Leaving Certificate Examination, 1903
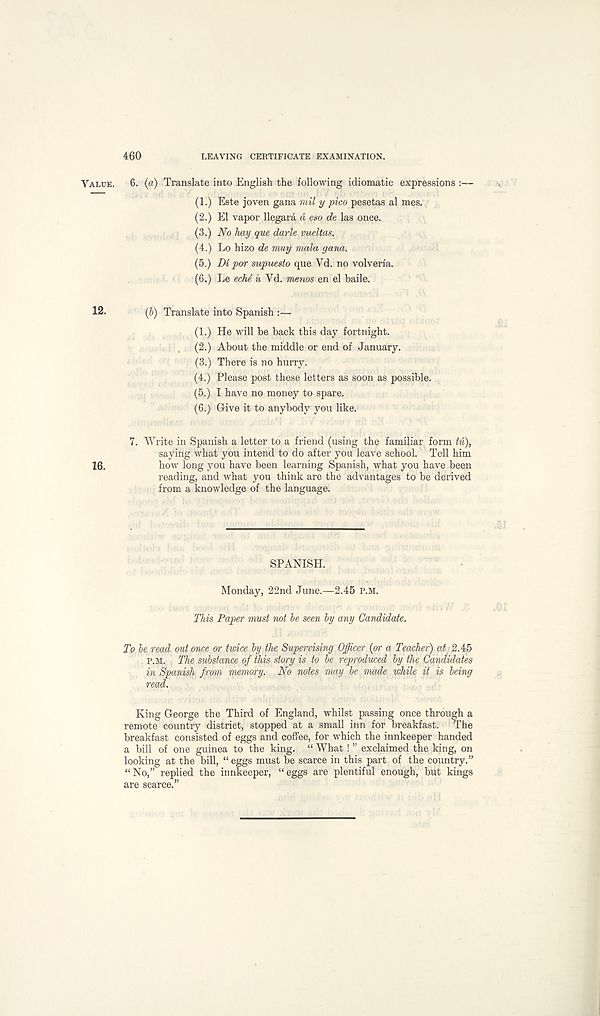
460
LEAVING CERTIFICATE EXAMINATION.
Value. 6. (a) Translate into English the following idiomatic expressions :—
(1.) Este joven gana mil y pico pesetas al mes.
(2.) El vapor llegara d eso de las once.
(3.) No hay que darle vueltas.
(4.) Lo hizo de muy mala gana.
(5.) Dl por supuesto que Vd. no volveria.
(6.) Le echd a Vd. menos en el baile.
12.
(b) Translate into Spanish :—
(1.) He will be back this day fortnight.
(2.) About the middle or end of January.
(3.) There is no hurry.
(4.) Please post these letters as soon as possible.
(5.) I have no money to spare.
(6.) Give it to anybody you like.
7. Write in Spanish a letter to a friend (using the familiar form lu),
saying what you intend to do after you leave school. Tell him
16.
how long you have been learning Spanish, what you have been
reading, and what you think are the advantages to be derived
from a knowledge of the language.
SPANISH.
Monday, 22nd June.—2.45 P.M.
This Paper must not be seen by any Candidate.
To be read out once or twice by the Supervising Officer {or a Teacher) at 2.45
p.M. The substance of this story is to be reproduced by the Candidates
in Spanish from memory. No notes may be made while it is being
read.
King George the Third of England, whilst passing once through a
remote country district, stopped at a small inn for breakfast. The
breakfast consisted of eggs and coffee, for which the innkeeper handed
a bill of one guinea to the king. “ What ! ” exclaimed the king, on
looking at the bill, “ eggs must be scarce in this part of the country.”
“No,” replied the innkeeper, “eggs are plentiful enough, but kings
are scarce.”